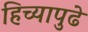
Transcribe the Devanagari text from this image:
हिच्यापुढे